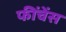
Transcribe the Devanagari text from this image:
फींचेंस